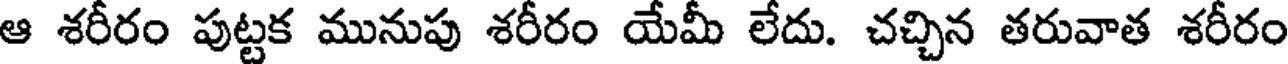
ఆ శరీరం పుట్టక మునుపు శరీరం యేమీ లేదు. చచ్చిన తరువాత శరీరం